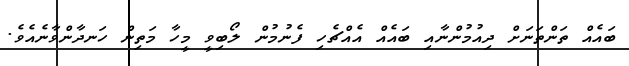
ބައެއް ތަންތަނަށް ދިއުމުންނާއި ބައެއް އެއްޗެހި ފެނުމުން ލޯބިވީ މީހާ މަތިން ހަނދާންވާނެއެވެ.